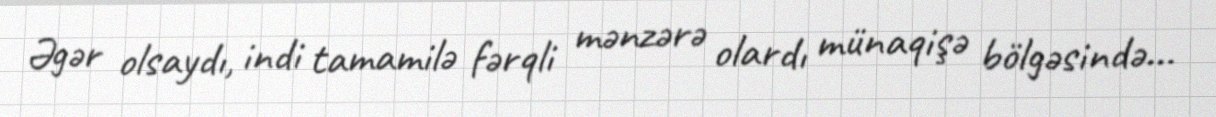
Əgər olsaydı, indi tamamilə fərqli mənzərə olardı münaqişə bölgəsində...